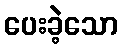
ပေးခဲ့သော